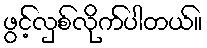
ဖွင့်လှစ်လိုက်ပါတယ်။